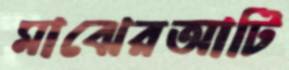
মাঝেরআটি